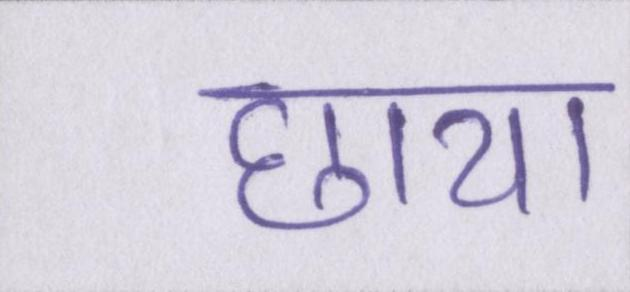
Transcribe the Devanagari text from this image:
छाया